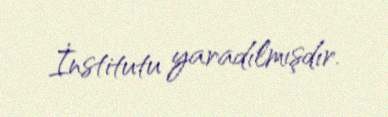
İnstitutu yaradılmışdır.